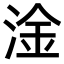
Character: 淦